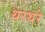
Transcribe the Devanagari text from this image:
थरथरे